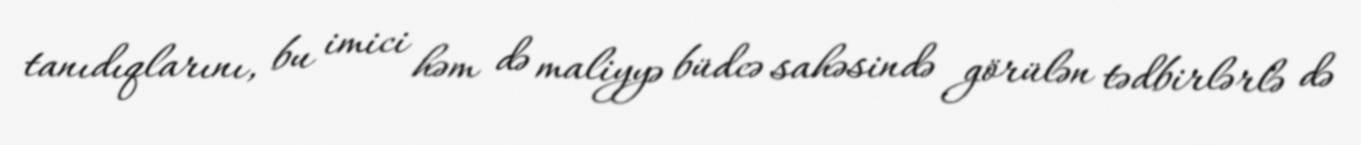
tanıdıqlarını, bu imici həm də maliyyə büdcə sahəsində görülən tədbirlərlə də